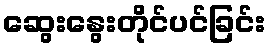
ဆွေးနွေးတိုင်ပင်ခြင်း